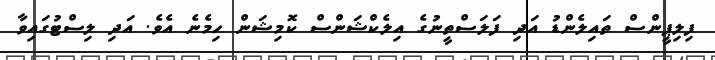
ފިލިޕީންސް ތައިލެންޑު އަދި ފަލަސްތީނުުގެ އިލެކްޝަންސް ކޮމިޝަން ހިމެނެ އެވެ. އަދި ލިސްޓުގައިވާ